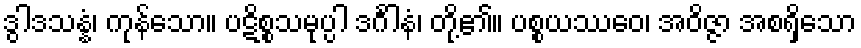
ဒွါဒသန္နံ၊ ကုန်သော။ ပဋိစ္စသမုပ္ပါ ဒင်္ဂါနံ၊ တို့၏။ ပစ္စယဿေဝ၊ အဝိဇ္ဇာ အစရှိသော